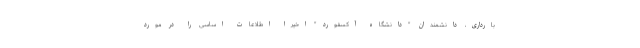
بارداری، دانشمندان "دانشگاه آکسفورد" اخیرا اطلاعات اساسی را در مورد